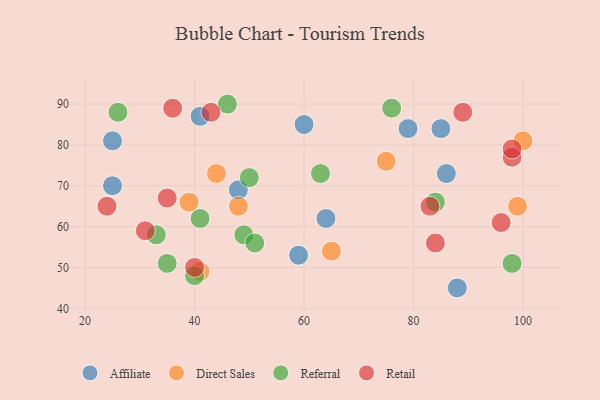
{"axis": {"x": "GDP", "y": "Life Expectancy"}, "legend": ["Affiliate", "Direct Sales", "Referral", "Retail"], "data": [{"x": "86", "y": 73, "type": "Affiliate"}, {"x": "60", "y": 85, "type": "Affiliate"}, {"x": "48", "y": 69, "type": "Affiliate"}, {"x": "25", "y": 81, "type": "Affiliate"}, {"x": "79", "y": 84, "type": "Affiliate"}, {"x": "41", "y": 87, "type": "Affiliate"}, {"x": "88", "y": 45, "type": "Affiliate"}, {"x": "59", "y": 53, "type": "Affiliate"}, {"x": "25", "y": 70, "type": "Affiliate"}, {"x": "85", "y": 84, "type": "Affiliate"}, {"x": "64", "y": 62, "type": "Affiliate"}, {"x": "75", "y": 76, "type": "Direct Sales"}, {"x": "39", "y": 66, "type": "Direct Sales"}, {"x": "65", "y": 54, "type": "Direct Sales"}, {"x": "100", "y": 81, "type": "Direct Sales"}, {"x": "41", "y": 49, "type": "Direct Sales"}, {"x": "44", "y": 73, "type": "Direct Sales"}, {"x": "48", "y": 65, "type": "Direct Sales"}, {"x": "99", "y": 65, "type": "Direct Sales"}, {"x": "35", "y": 51, "type": "Referral"}, {"x": "76", "y": 89, "type": "Referral"}, {"x": "33", "y": 58, "type": "Referral"}, {"x": "26", "y": 88, "type": "Referral"}, {"x": "63", "y": 73, "type": "Referral"}, {"x": "49", "y": 58, "type": "Referral"}, {"x": "46", "y": 90, "type": "Referral"}, {"x": "98", "y": 51, "type": "Referral"}, {"x": "84", "y": 66, "type": "Referral"}, {"x": "50", "y": 72, "type": "Referral"}, {"x": "41", "y": 62, "type": "Referral"}, {"x": "40", "y": 48, "type": "Referral"}, {"x": "51", "y": 56, "type": "Referral"}, {"x": "43", "y": 88, "type": "Retail"}, {"x": "83", "y": 65, "type": "Retail"}, {"x": "24", "y": 65, "type": "Retail"}, {"x": "98", "y": 77, "type": "Retail"}, {"x": "36", "y": 89, "type": "Retail"}, {"x": "40", "y": 50, "type": "Retail"}, {"x": "89", "y": 88, "type": "Retail"}, {"x": "96", "y": 61, "type": "Retail"}, {"x": "35", "y": 67, "type": "Retail"}, {"x": "84", "y": 56, "type": "Retail"}, {"x": "98", "y": 79, "type": "Retail"}, {"x": "31", "y": 59, "type": "Retail"}]}